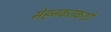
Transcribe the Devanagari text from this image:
मेहनकतकशों